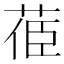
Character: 𦯱